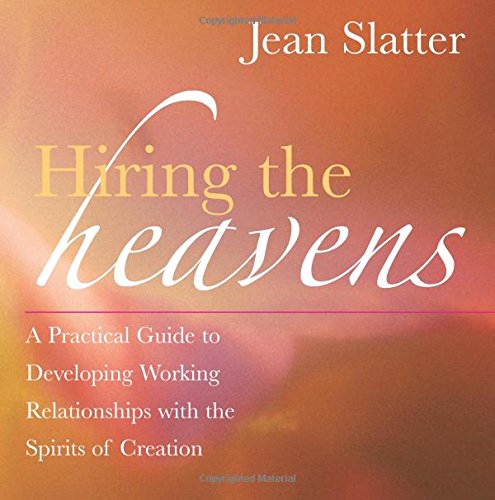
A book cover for Hiring the Heavens: A Practical Guide to Developing Working Relationships with the Spirits of Creation; Jean Slatter; Religion & Spirituality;